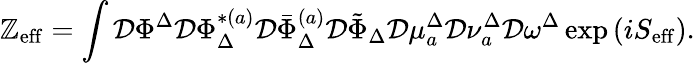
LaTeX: \mathbb{Z}_{\mathrm{{eff}}}=\int\mathcal{{D}}\Phi^{\Delta}\mathcal{{D}}\Phi_{\Delta}^{*(a)}\mathcal{{D}}\bar{{\Phi}}_{\Delta}^{(a)}\mathcal{{D}}\tilde{{\Phi}}_{\Delta}\mathcal{{D}}\mu_{a}^{\Delta}\mathcal{{D}}\nu_{a}^{\Delta}\mathcal{{D}}\omega^{\Delta}\exp\left(iS_{\mathrm{{eff}}}\right).